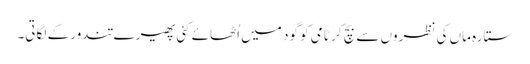
ستارہ ماں کی نظروں سے بچ کر ٹامی کو گود میں اُٹھائے کئی پھیرے تندور کے لگاتی۔